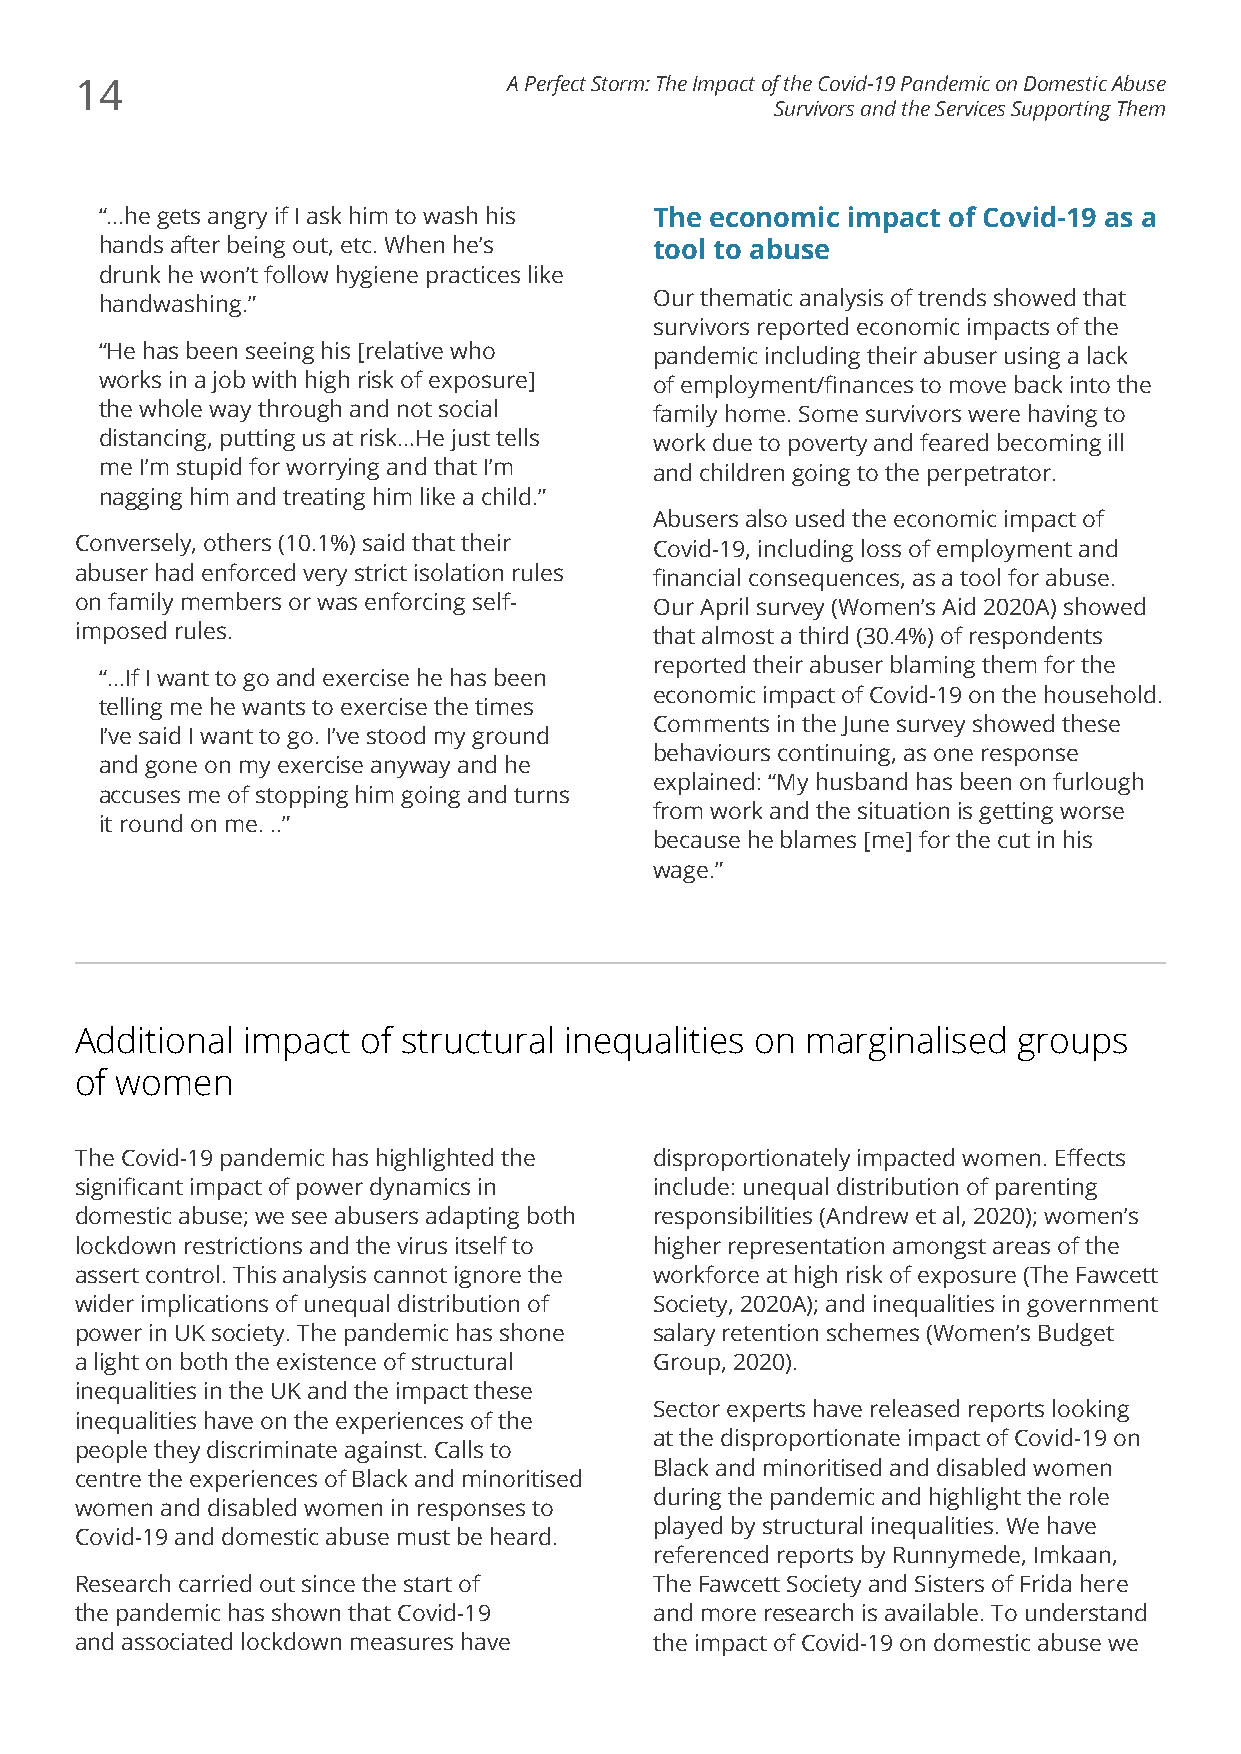
14                           A Perfect Storm: The Impact of the Covid-19 Pandemic on Domestic Abuse
 Survivors and the Services Supporting Them
 “...he gets angry if I ask him to wash his The economic impact of Covid-19 as a
 hands after being out, etc. When he’s tool to abuse
 drunk he won’t follow hygiene practices like
 handwashing.”                       Our thematic analysis of trends showed that
 survivors reported economic impacts of the
 “He has been seeing his [relative who pandemic including their abuser using a lack
 works in a job with high risk of exposure] of employment/finances to move back into the
 the whole way through and not social family home. Some survivors were having to
 distancing, putting us at risk…He just tells work due to poverty and feared becoming ill
 me I’m stupid for worrying and that I’m and children going to the perpetrator.
 nagging him and treating him like a child.”
 Abusers also used the economic impact of
 Conversely, others (10.1%) said that their Covid-19, including loss of employment and
 abuser had enforced very strict isolation rules financial consequences, as a tool for abuse.
 on family members or was enforcing self- Our April survey (Women’s Aid 2020A) showed
 imposed rules.                        that almost a third (30.4%) of respondents
 reported their abuser blaming them for the
 “...If I want to go and exercise he has been
 economic impact of Covid-19 on the household.
 telling me he wants to exercise the times
 Comments in the June survey showed these
 I’ve said I want to go. I’ve stood my ground
 behaviours continuing, as one response
 and gone on my exercise anyway and he
 explained: “My husband has been on furlough
 accuses me of stopping him going and turns
 from work and the situation is getting worse
 it round on me. ..”
 because he blames [me] for the cut in his
 wage.”
 Additional impact  of structural inequalities on marginalised groups
 of women
 The Covid-19 pandemic has highlighted the disproportionately impacted women. Effects
 significant impact of power dynamics in include: unequal distribution of parenting
 domestic abuse; we see abusers adapting both responsibilities (Andrew et al, 2020); women’s
 lockdown restrictions and the virus itself to higher representation amongst areas of the
 assert control. This analysis cannot ignore the workforce at high risk of exposure (The Fawcett
 wider implications of unequal distribution of Society, 2020A); and inequalities in government
 power in UK society. The pandemic has shone salary retention schemes (Women’s Budget
 a light on both the existence of structural Group, 2020).
 inequalities in the UK and the impact these
 Sector experts have released reports looking
 inequalities have on the experiences of the
 at the disproportionate impact of Covid-19 on
 people they discriminate against. Calls to
 Black and minoritised and disabled women
 centre the experiences of Black and minoritised
 during the pandemic and highlight the role
 women and disabled women in responses to
 played by structural inequalities. We have
 Covid-19 and domestic abuse must be heard.
 referenced reports by Runnymede, Imkaan,
 Research carried out since the start of The Fawcett Society and Sisters of Frida here
 the pandemic has shown that Covid-19  and more research is available. To understand
 and associated lockdown measures have the impact of Covid-19 on domestic abuse we